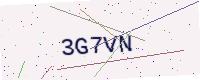
Text: 3G7VN